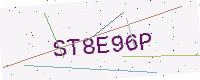
Text: ST8E96P